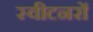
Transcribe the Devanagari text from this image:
स्वीटनरों